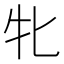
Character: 牝